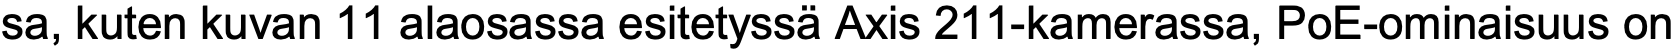
sa, kuten kuvan 11 alaosassa esitetyssä Axis 211-kamerassa, PoE-ominaisuus on